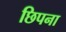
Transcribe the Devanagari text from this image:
छिपना